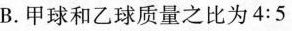
B. 甲球和乙球质量之比为4:5